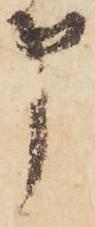
申